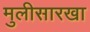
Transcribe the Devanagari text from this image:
मुलीसारखा